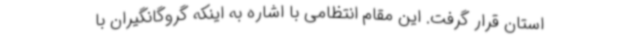
استان قرار گرفت. این مقام انتظامی با اشاره به اینکه گروگانگیران با